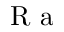
\textrm { R a }